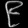
Digit: ၉